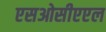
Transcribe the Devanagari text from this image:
एसओसीएएल